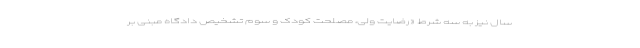
سال نیز به سه شرط «رضایت ولی، مصلحت کودک و سوم تشخیص دادگاه مبنی بر